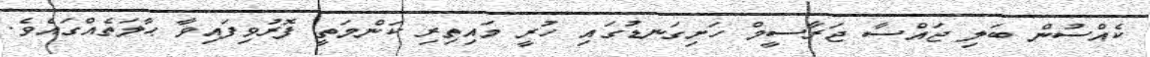
ކެއްސުން ބަލި ޖައްސާ ޖަރާސީމް ހަށިގަނޑުގައި ހުރީ މައިތިރި ކަންމަތީ ފޮރުވިފައިވާ ޙާލަތެއްގައެވެ.